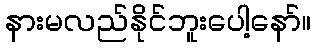
နားမလည်နိုင်ဘူးပေါ့နော်။